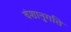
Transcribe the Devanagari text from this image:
वंशानुगति